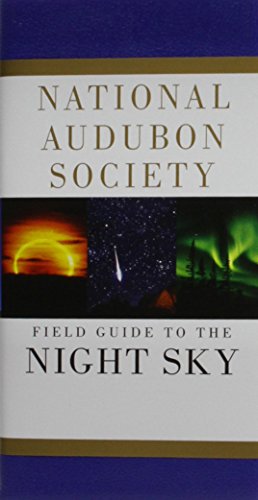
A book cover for National Audubon Society Field Guide to the Night Sky (National Audubon Society Field Guides); NATIONAL AUDUBON SOCIETY; Science & Math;